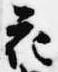
花